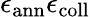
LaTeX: \epsilon_{\mathrm{ann}}\epsilon_{\mathrm{coll}}